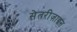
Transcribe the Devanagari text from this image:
सेतरीज़ाइन